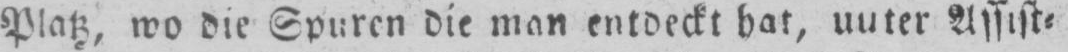
Assist⸗